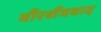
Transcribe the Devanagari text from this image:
वीरशैववाद